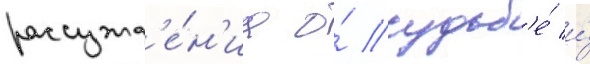
рассужд'е́н'иа о́ судьб'е́ и́